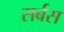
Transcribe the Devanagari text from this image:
सर्बस